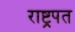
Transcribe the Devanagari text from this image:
राष्ट्रपत